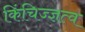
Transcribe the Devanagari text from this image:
किंचिज्ज्ञत्व